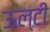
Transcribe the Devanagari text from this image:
ऊल्टी